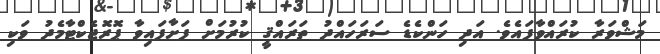
މަޝްވަރާ ކުރައްވާފައެވެ. އަދި ހަންކެޑެ ސަރަހައްދު ތަރައްޤީ ކުރުމަށް ފަށާފައިވާ ޕޮރޮޖެކްޓާމެދު ވަކި